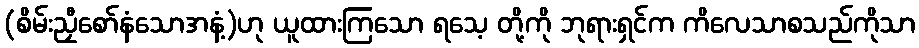
(စိမ်းညှီစော်နံသောအနံ့)ဟု ယူထားကြသော ရသေ့ တို့ကို ဘုရားရှင်က ကိလေသာစသည်ကိုသာ